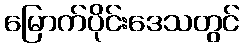
မြောက်ပိုင်းဒေသတွင်